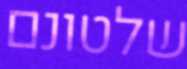
שלטונם